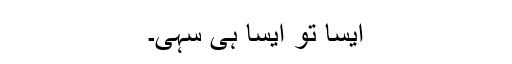
ایسا تو ایسا ہی سہی۔